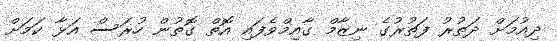
ދިއުމަށް ދަތުރު ފަތުރުގެ ނިޒާމް ގާއިމްވެފައި އޮތް ގޮތުން ހުރަސް އަޅާ ކަމަަށް